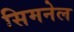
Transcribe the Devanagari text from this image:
सिमनेल